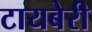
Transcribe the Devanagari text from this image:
टायबेरी